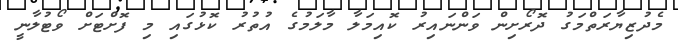
މެދުޒިޔާރަތްމަގު ދޮރޯށިން ވަންނައިރު ކޮއިމަލާ މާލަމުގެ އުތުރު ކޮޅުގައި މި ފޮށްޓަށް ވޯޓުލާނީ